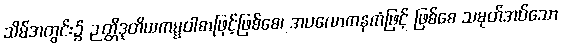
သိမ်အတွင်း၌ ဉတ္တိဒုတိယကမ္မဝါစာဖြင့်ဖြစ်စေ၊ အပလောကနကံဖြင့် ဖြစ်စေ သမုတ်အပ်သော